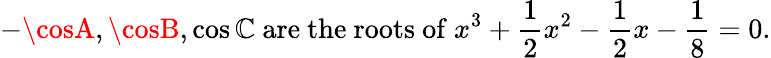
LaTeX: -\cosA,\cosB,\cos\mathbb{C}{\mathrm{{~are~the~roots~of~}}}x^{3}+{\frac{{1}}{{2}}}x^{2}-{\frac{{1}}{{2}}}x-{\frac{{1}}{{8}}}=0.